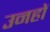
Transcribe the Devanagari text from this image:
उनहों